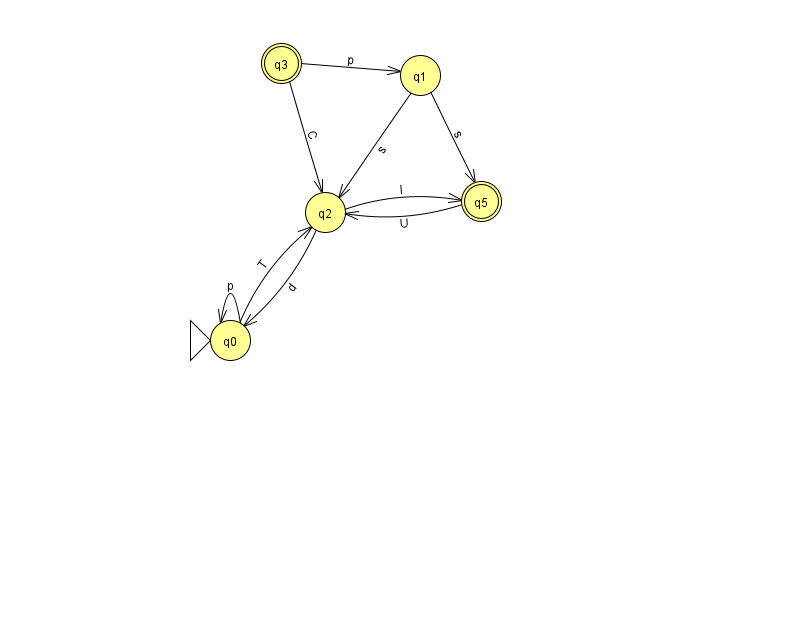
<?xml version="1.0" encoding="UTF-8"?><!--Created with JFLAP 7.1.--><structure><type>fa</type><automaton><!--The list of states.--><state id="0" name="q0"><x>230.0</x><y>327.0</y><initial/></state><state id="1" name="q1"><x>420.0</x><y>62.0</y></state><state id="2" name="q2"><x>325.0</x><y>199.0</y></state><state id="3" name="q3"><x>281.0</x><y>50.0</y><final/></state><state id="5" name="q5"><x>481.0</x><y>188.0</y><final/></state><!--The list of transitions.--><transition><from>0</from><to>0</to><read>p</read></transition><transition><from>0</from><to>2</to><read>T</read></transition><transition><from>1</from><to>2</to><read>s</read></transition><transition><from>2</from><to>0</to><read>d</read></transition><transition><from>2</from><to>5</to><read>l</read></transition><transition><from>1</from><to>5</to><read>s</read></transition><transition><from>5</from><to>2</to><read>U</read></transition><transition><from>3</from><to>1</to><read>p</read></transition><transition><from>3</from><to>2</to><read>C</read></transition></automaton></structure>